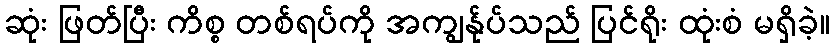
ဆုံး ဖြတ်ပြီး ကိစ္စ တစ်ရပ်ကို အကျွန်ုပ်သည် ပြင်ရိုး ထုံးစံ မရှိခဲ့။